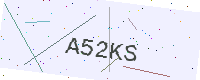
Text: A52KS